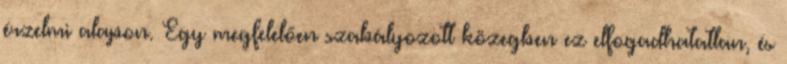
érzelmi alapon. Egy megfelelően szabályozott közegben ez elfogadhatatlan, és